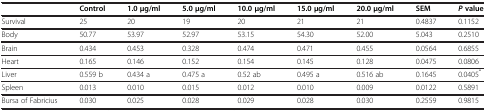
|  | Control | 1.0 μg/ml | 5.0 μg/ml | 10.0 μg/ml | 15.0 μg/ml | 20.0 μg/ml | SEM | Pvalue |
 | --- | --- | --- | --- | --- | --- | --- | --- | --- |
 | Survival | 25 | 20 | 19 | 20 | 21 | 21 | 0.4837 | 0.1152 |
 | Body | 50.77 | 53.97 | 52.97 | 53.15 | 54.30 | 52.00 | 5.043 | 0.2510 |
 | Brain | 0.434 | 0.453 | 0.328 | 0.474 | 0.471 | 0.455 | 0.0564 | 0.6855 |
 | Heart | 0.165 | 0.146 | 0.152 | 0.154 | 0.145 | 0.128 | 0.0475 | 0.0806 |
 | Liver | 0.559 b | 0.434 a | 0.475 a | 0.52 ab | 0.495 a | 0.516 ab | 0.1645 | 0.0405* |
 | Spleen | 0.013 | 0.010 | 0.015 | 0.012 | 0.010 | 0.009 | 0.0122 | 0.5891 |
 | Bursa of Fabricius | 0.030 | 0.025 | 0.028 | 0.029 | 0.028 | 0.030 | 0.2559 | 0.9815 |